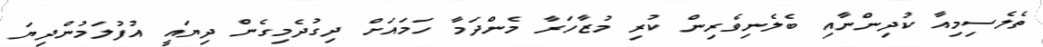
ތެލެސިމިއާ ކުދިންނާއި ބެލެނިވެރިން ކުރި މުޒާހަރާ މެންދަމާ ހަމައަށް ދިގުދެމިގެން ދިޔައީ އުފުލަމުންދިޔަ